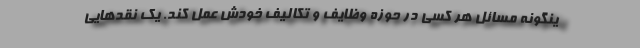
ینگونه مسائل هر کسی در حوزه وظایف و تکالیف خودش عمل کند. یک نقدهایی